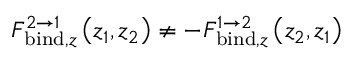
F _ { \mathrm { b i n d } , z } ^ { 2 \rightarrow 1 } \left( z _ { 1 } , z _ { 2 } \right) \neq - F _ { \mathrm { b i n d } , z } ^ { 1 \rightarrow 2 } \left( z _ { 2 } , z _ { 1 } \right)